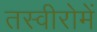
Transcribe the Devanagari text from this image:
तस्वीरोमें